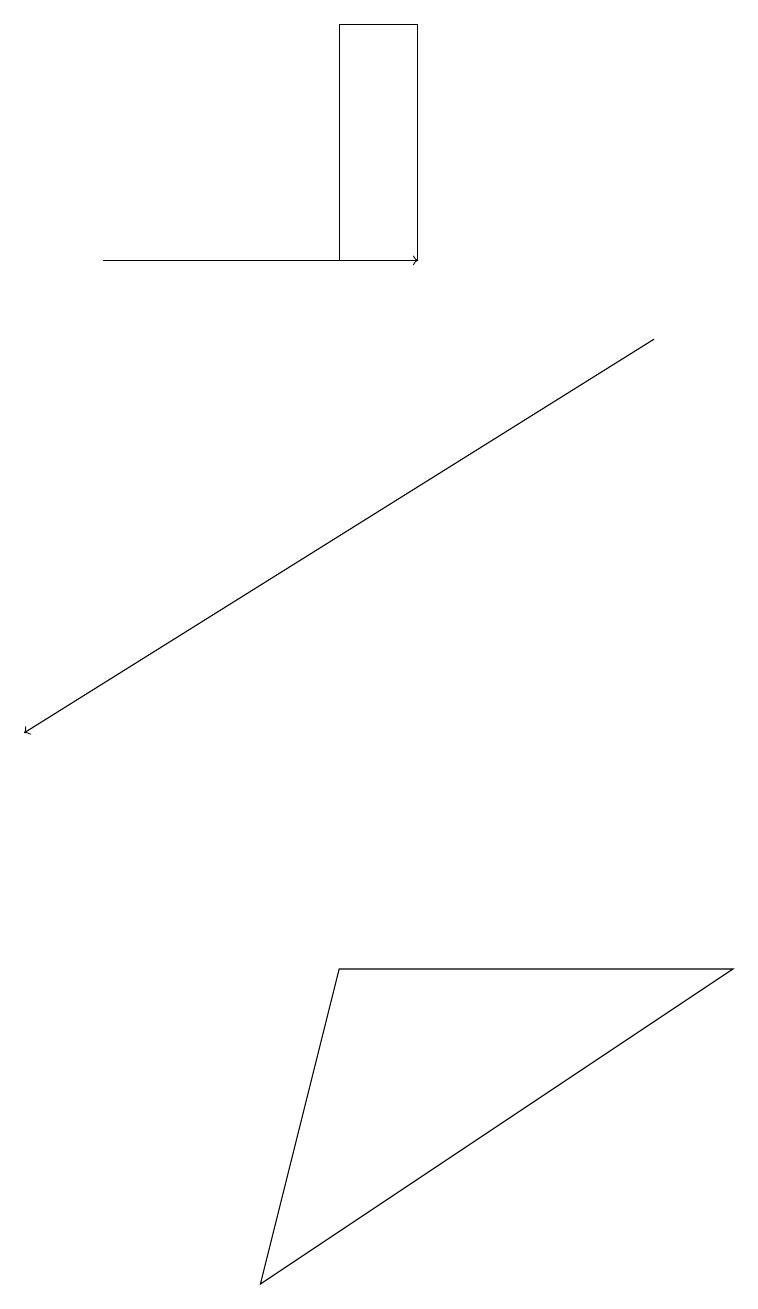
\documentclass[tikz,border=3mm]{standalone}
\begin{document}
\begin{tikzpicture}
\draw (4,16) rectangle (5,19);
\draw[->] (8,15) -- (0,10);
\draw[->] (1,16) -- (5,16);
\draw (3,3) -- (9,7) -- (4,7) -- cycle;
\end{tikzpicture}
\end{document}